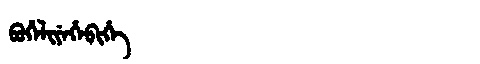
Manchu: ᠪᡠᡥᡝᠯᡳᠶᡝᡥᡝᠪᡳᡥᡝ
Romanization: BUHELIYEHEBIHE